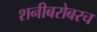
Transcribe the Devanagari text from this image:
शनीबरोबरच